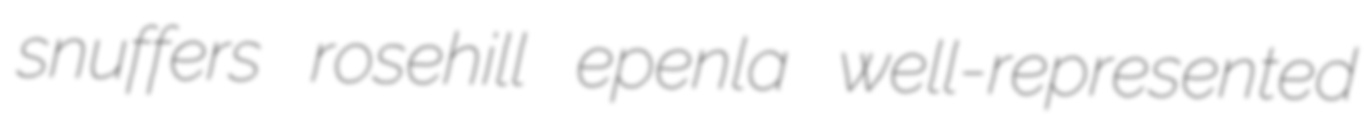
snuffers rosehill epenla well-represented